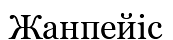
Жанпейіс